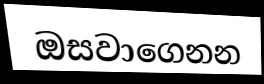
ඔසවාගෙනන